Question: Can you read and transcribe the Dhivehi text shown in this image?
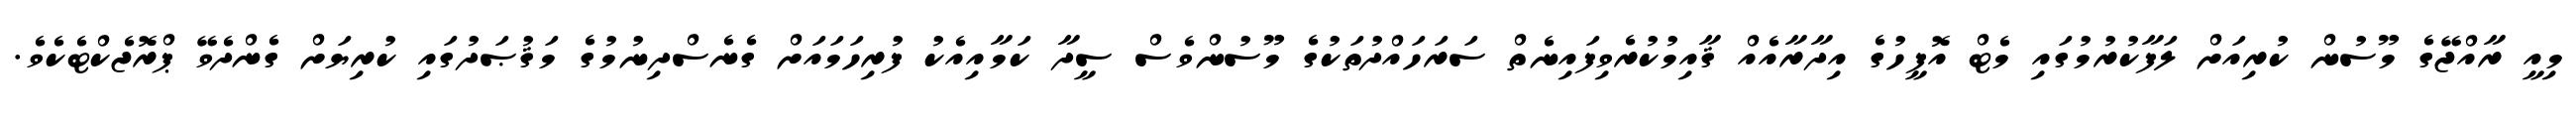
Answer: މިއީ ރާއްޖޭގެ މޫސުން ކުރިއަށް ލަފާކުރުމުގައި މެޓް އޮފީހުގެ އިދާރާއެއް ޤާއިމުކުރެވިފައިނެތް ސަރަހައްދުތަކުގެ މޫސުންވެސް ސީދާ ކަމާއިއެކު ފުރިހަމައަށް ގެނެސްދިނުމުގެ މަޤުޞަދުގައި ކުރިޔަށް ގެންދެވޭ ޕްރޮޖެކްޓެކެވެ.